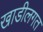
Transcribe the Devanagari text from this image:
खाडीलगत